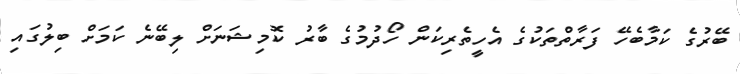
ބޭރުގެ ކަމާބެހޭ ފަރާތްތަކުގެ އެހީތެރިކަން ހޯދުމުގެ ބާރު ކޮމިޝަނަށް ލިބޭނެ ކަމަށް ބިލުގައި